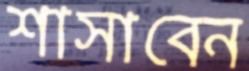
শাসাবেন